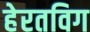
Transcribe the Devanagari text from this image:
हेरतविग